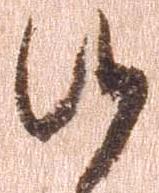
候